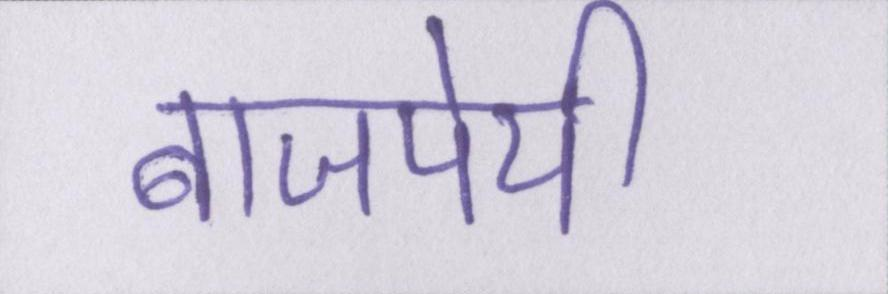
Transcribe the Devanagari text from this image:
बाजपेयी